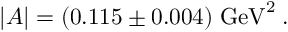
| A | = ( 0 . 1 1 5 \pm 0 . 0 0 4 ) \; \mathrm { G e V } ^ { 2 } \; .